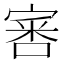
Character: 𡩨